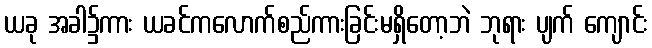
ယခု အခါ၌ကား ယခင်ကလောက်စည်ကားခြင်းမရှိတော့ဘဲ ဘုရား ပျက် ကျောင်း